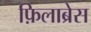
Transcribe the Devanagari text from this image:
फ़िलाब्रेस